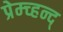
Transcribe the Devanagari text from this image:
प्रेम्च्हन्द्